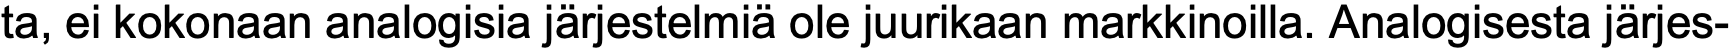
ta, ei kokonaan analogisia järjestelmiä ole juurikaan markkinoilla. Analogisesta järjes-